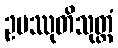
ဥပဿုတိသုတ္တံ